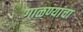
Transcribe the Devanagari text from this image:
गाळण्यांचा